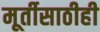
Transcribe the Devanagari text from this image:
मूर्तीसाठीही